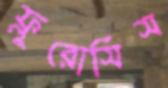
ফ্লুরোসিস